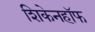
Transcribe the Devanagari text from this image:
शिकेनहॉफ